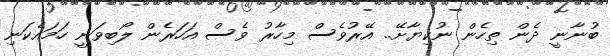
ބުނާނީ ދެން ތިހެން ނުކިޔާށޭ.. އޭރުވެސް މިހާރު ވެސް އަހަރެން ލޯބިވަނީ ހަމައެކަނި